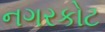
નગરકોટ